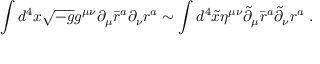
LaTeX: \int d ^ { 4 } x \sqrt { - g } g ^ { \mu \nu } \partial _ { \mu } \bar { r } ^ { a } \partial _ { \nu } r ^ { a } \sim \int d ^ { 4 } \tilde { x } \eta ^ { \mu \nu } \tilde { \partial } _ { \mu } \bar { r } ^ { a } \tilde { \partial } _ { \nu } r ^ { a } \ .